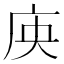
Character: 𭙘